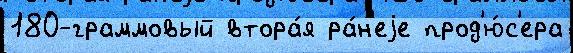
180-граммовый втора́я ра́н'еjе прод'ю́с'ера